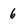
Character: 6